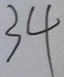
3 4